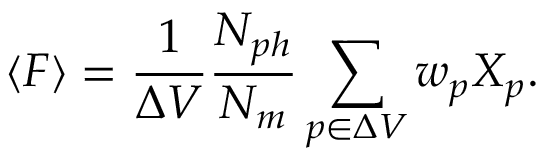
\langle F \rangle = \frac { 1 } { \Delta V } \frac { N _ { p h } } { N _ { m } } \sum _ { p \in \Delta V } w _ { p } X _ { p } .